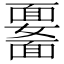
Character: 𩉆